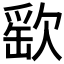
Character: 𣣳